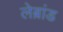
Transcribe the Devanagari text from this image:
लेब्रांड